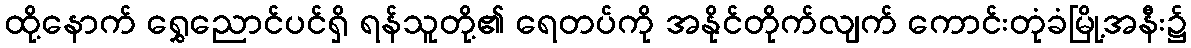
ထို့နောက် ရွှေညောင်ပင်ရှိ ရန်သူတို့၏ ရေတပ်ကို အနိုင်တိုက်လျက် ကောင်းတုံခံမြို့အနီး၌